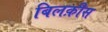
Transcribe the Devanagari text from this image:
बिलक़ीस